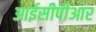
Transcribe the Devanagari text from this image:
आईसीपीआर